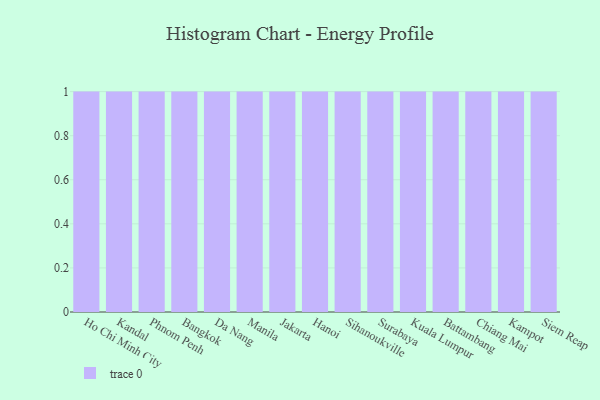
{"axis": {"x": "City", "y": "Budget (USD K)"}, "legend": [""], "data": [{"x": "Ho Chi Minh City", "y": 31, "type": ""}, {"x": "Kandal", "y": 84, "type": ""}, {"x": "Phnom Penh", "y": 30, "type": ""}, {"x": "Bangkok", "y": 48, "type": ""}, {"x": "Da Nang", "y": 24, "type": ""}, {"x": "Manila", "y": 82, "type": ""}, {"x": "Jakarta", "y": 6, "type": ""}, {"x": "Hanoi", "y": 35, "type": ""}, {"x": "Sihanoukville", "y": 55, "type": ""}, {"x": "Surabaya", "y": 96, "type": ""}, {"x": "Kuala Lumpur", "y": 61, "type": ""}, {"x": "Battambang", "y": 23, "type": ""}, {"x": "Chiang Mai", "y": 92, "type": ""}, {"x": "Kampot", "y": 61, "type": ""}, {"x": "Siem Reap", "y": 15, "type": ""}]}